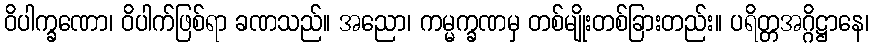
ဝိပါက္ခဏော၊ ဝိပါက်ဖြစ်ရာ ခဏသည်။ အညော၊ ကမ္မက္ခဏမှ တစ်မျိုးတစ်ခြားတည်း။ ပရိတ္တအဂ္ဂိဋ္ဌာနေ၊